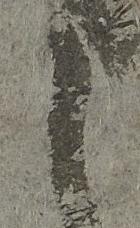
之